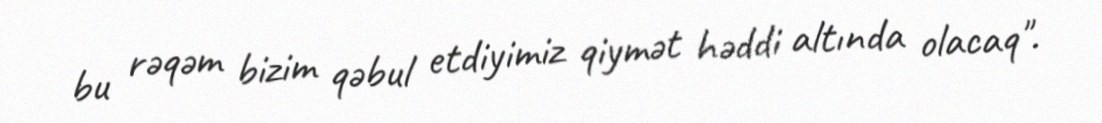
bu rəqəm bizim qəbul etdiyimiz qiymət həddi altında olacaq".